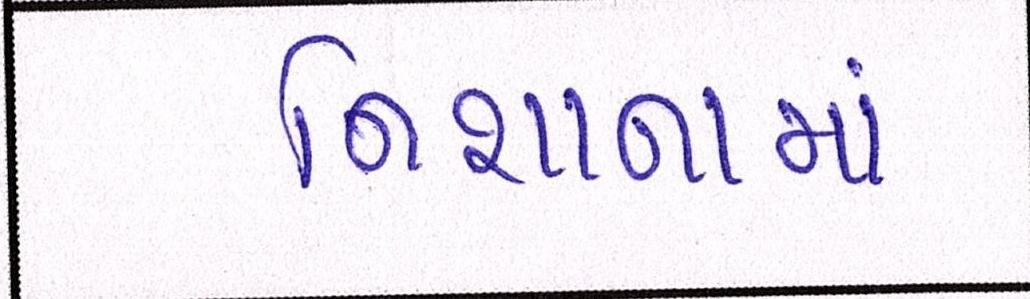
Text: નિશાનામાં